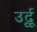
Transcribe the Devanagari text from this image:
उर्दूू